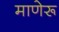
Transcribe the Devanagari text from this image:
माणेरू